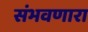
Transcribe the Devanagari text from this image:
संभवणारा